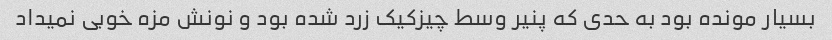
بسیار مونده بود به حدی که پنیر وسط چیزکیک زرد شده بود و نونش مزه خوبی نمیداد